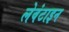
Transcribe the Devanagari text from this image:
लेवंटाइन